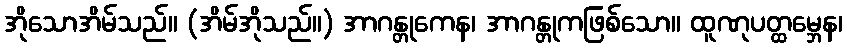
အိုသောအိမ်သည်။ (အိမ်အိုသည်။) အာဂန္တုကေန၊ အာဂန္တုကဖြစ်သော။ ထူဏုပတ္ထမ္ဘေန၊